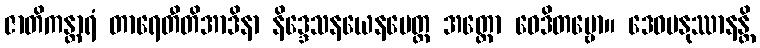
ဇာတိကန္တာရံ တာရေတီတိအာဒိနာ နိဒ္ဒေသနယေနပေတ္ထ အတ္ထော ဝေဒိတဗ္ဗော။ ဒေဝမနုဿာနန္တိ